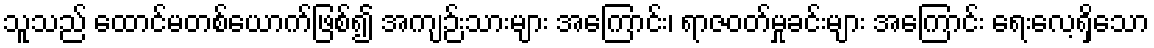
သူသည် ထောင်မတစ်ယောက်ဖြစ်၍ အကျဉ်းသားများ အကြောင်း၊ ရာဇဝတ်မှုခင်းများ အကြောင်း ရေးလေ့ရှိသော